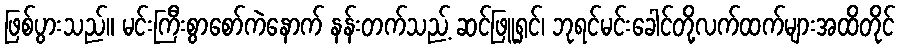
ဖြစ်ပွားသည်။ မင်းကြီးစွာစော်ကဲနောက် နန်းတက်သည့် ဆင်ဖြူရှင်၊ ဘုရင်မင်းခေါင်တို့လက်ထက်များအထိတိုင်